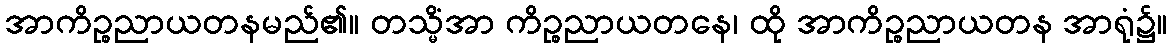
အာကိဉ္စညာယတနမည်၏။ တသ္မိံအာ ကိဉ္စညာယတနေ၊ ထို အာကိဉ္စညာယတန အာရုံ၌။